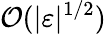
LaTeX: \mathcal{O}(\vert\varepsilon\vert^{1/2})